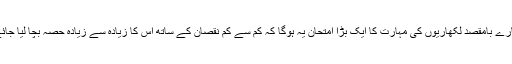
ہمارے بامقصد لکھاریوں کی مہارت کا ایک بڑا امتحان یہ ہوگا کہ کم سے کم نقصان کے ساتھ اس کا زیادہ سے زیادہ حصہ بچا لیا جائے۔